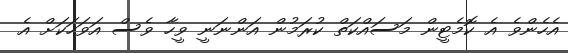
އެހެންވެ އެ ކޮމެޓީން މަސައްކަތް ކުރަމުން އަންނަނީ ވީހާ ވެސް އަވަހަކަށް އެ